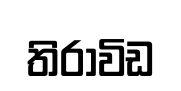
තිරාවිඩ